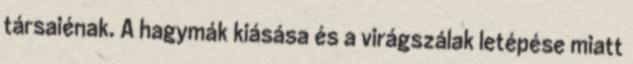
társaiénak. A hagymák kiásása és a virágszálak letépése miatt